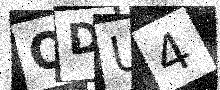
Text: QDU4